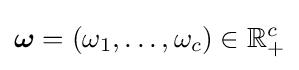
{\boldsymbol {\omega }}=(\omega _{1},\ldots ,\omega _{c})\in \mathbb {R} _{+}^{c}